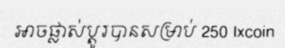
អាចផ្លាស់ប្តូរបានសម្រាប់ 250 Ixcoin